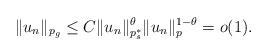
LaTeX: \begin{align*}\|u_n\|_{p_g}\leq C\|u_n\|_{p_s^*}^\theta\|u_n\|_p^{1-\theta}=o(1).\end{align*}